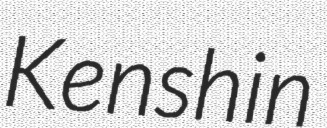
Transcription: Kenshin